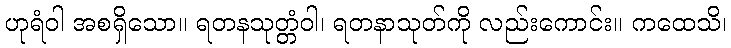
ဟုရံဝါ အစရှိသော။ ရတနသုတ္တံဝါ၊ ရတနာသုတ်ကို လည်းကောင်း။ ကထေသိ၊